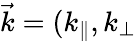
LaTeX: \vec{k}=(k_{\parallel},k_{\perp}